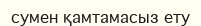
сумен қамтамасыз ету